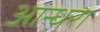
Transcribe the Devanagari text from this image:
आन्धरा